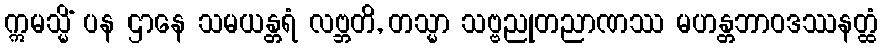
ဣမသ္မိံ ပန ဌာနေ သမယန္တရံ လဗ္ဘတိ, တသ္မာ သဗ္ဗညုတညာဏဿ မဟန္တဘာဝဒဿနတ္ထံ